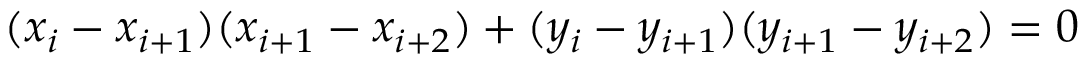
( x _ { i } - x _ { i + 1 } ) ( x _ { i + 1 } - x _ { i + 2 } ) + ( y _ { i } - y _ { i + 1 } ) ( y _ { i + 1 } - y _ { i + 2 } ) = 0